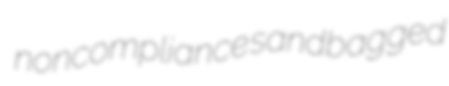
noncompliance sandbagged